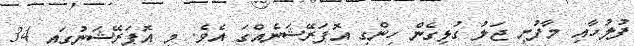
ފުލުހާއި މާފުށި ޖަލު ގުޅިގެން ހިންގި އޮޕަރޭޝަނެއްގަ އެވެ. މި އޮޕަރޭޝަނުގައި 34